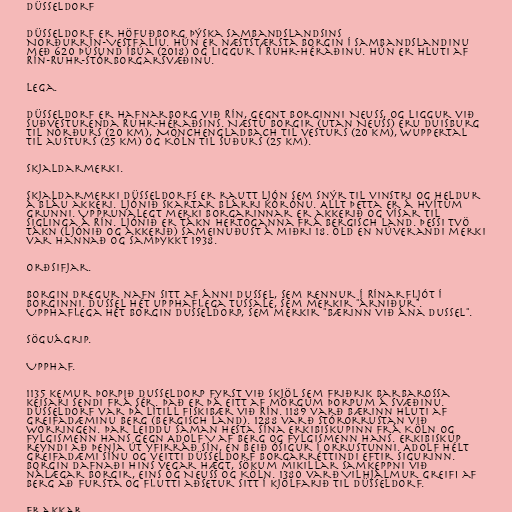
Düsseldorf

Düsseldorf er höfuðborg þýska sambandslandsins
Norðurrín-Vestfalíu. Hún er næststærsta borgin í sambandslandinu
með 620 þúsund íbúa (2018) og liggur í Ruhr-héraðinu. Hún er hluti af
Rín-Ruhr-stórborgarsvæðinu.

Lega.

Düsseldorf er hafnarborg við Rín, gegnt borginni Neuss, og liggur við
suðvesturenda Ruhr-héraðsins. Næstu borgir (utan Neuss) eru Duisburg
til norðurs (20 km), Mönchengladbach til vesturs (20 km), Wuppertal
til austurs (25 km) og Köln til suðurs (25 km).

Skjaldarmerki.

Skjaldarmerki Düsseldorfs er rautt ljón sem snýr til vinstri og heldur
á bláu akkeri. Ljónið skartar blárri kórónu. Allt þetta er á hvítum
grunni. Upprunalegt merki borgarinnar er akkerið og vísar til
siglinga á Rín. Ljónið er tákn hertoganna frá Bergisch Land. Þessi tvö
tákn (ljónið og akkerið) sameinuðust á miðri 18. öld en núverandi merki
var hannað og samþykkt 1938.

Orðsifjar.

Borgin dregur nafn sitt af ánni Dussel, sem rennur í Rínarfljót í
borginni. Dussel hét upphaflega Tussale, sem merkir "árniður".
Upphaflega hét borgin Dusseldorp, sem merkir "Bærinn við ána Dussel".

Söguágrip.

Upphaf.

1135 kemur þorpið Dusseldorp fyrst við skjöl sem Friðrik Barbarossa
keisari sendi frá sér. Það er þá eitt af mörgum þorpum á svæðinu.
Düsseldorf var þá lítill fiskibær við Rín. 1189 varð bærinn hluti af
greifadæminu Berg (Bergisch Land). 1288 varð stórorrustan við
Worringen. Þar leiddu saman hesta sína erkibiskupinn frá Köln og
fylgismenn hans gegn Adolf V af Berg og fylgismenn hans. Erkibiskup
reyndi að þenja út yfirráð sín, en beið ósigur í orrustunni. Adolf hélt
greifadæmi sínu og veitti Düsseldorf borgarréttindi eftir sigurinn.
Borgin dafnaði hins vegar hægt, sökum mikillar samkeppni við
nálægar borgir, eins og Neuss og Köln. 1380 varð Vilhjálmur greifi af
Berg að fursta og flutti aðsetur sitt í kjölfarið til Düsseldorf.

Frakkar.